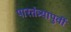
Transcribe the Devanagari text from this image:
पारतंत्र्यापुर्वी